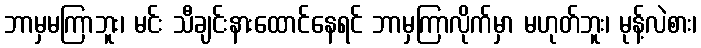
ဘာမှမကြာဘူး၊ မင်း သီချင်းနားထောင်နေရင် ဘာမှကြာလိုက်မှာ မဟုတ်ဘူး၊ မုန့်လဲစား၊